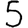
Digit: 5